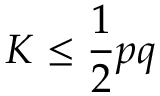
K \leq { \frac { 1 } { 2 } } p q